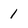
Character: 1